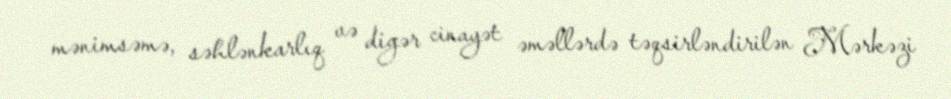
mənimsəmə, səhlənkarlıq və digər cinayət əməllərdə təqsirləndirilən Mərkəzi